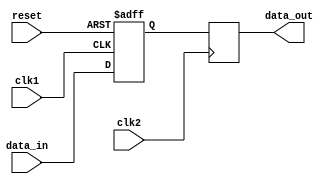
module simple_bypass_register (
    input wire clk1,               // Clock input of first clock domain
    input wire clk2,               // Clock input of second clock domain
    input wire reset,              // Reset signal
    input wire data_in,            // Input data from first clock domain
    output reg data_out            // Output data to second clock domain
);

reg data_reg;

always @(posedge clk1 or posedge reset) begin
    if (reset) begin
        data_reg <= 1'b0;
    end else begin
        data_reg <= data_in;
    end
end

always @(posedge clk2) begin
    data_out <= data_reg;
end

endmodule